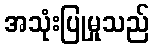
အသုံးပြုမှုသည်